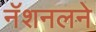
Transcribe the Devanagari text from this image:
नॅशनलने